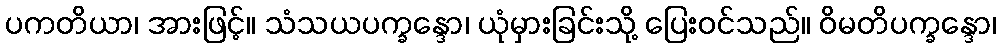
ပကတိယာ၊ အားဖြင့်။ သံသယပက္ခန္ဒော၊ ယုံမှားခြင်းသို့ ပြေးဝင်သည်။ ဝိမတိပက္ခန္ဒော၊